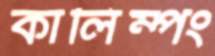
কালিম্পং